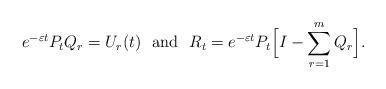
LaTeX: \begin{align*}e^{-\varepsilon t}P_t Q_r = U_r(t) \ \ {\rm and \ \ } R_t = e^{-\varepsilon t}P_t\Big[ I - \sum_{r=1}^m Q_r\Big ].\end{align*}